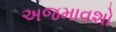
અજમાવશો